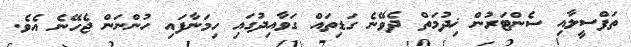
ތަފްސީލާއި ސެންޓަރުން ޚިދުމަތް ދެވޭނެ ގަޑިތައް ގަވާއިދުގައި ހިމަނާފައި ހުންނަން ޖެހޭނެ އެވެ.